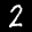
Label: 2